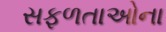
સફળતાઓના